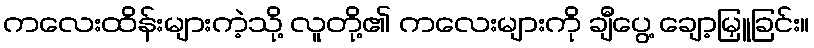
ကလေးထိန်းများကဲ့သို့ လူတို့၏ ကလေးများကို ချီပွေ့ ချော့မြှူခြင်း။